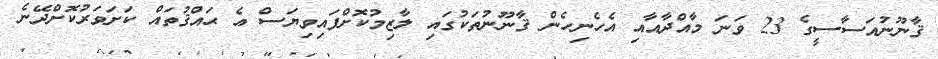
ޤާނޫނުއަސާސީގެ 23 ވަނަ މާއްދާއާއި އެހެނިހެން ޤާނޫނުތަކުގައި ލާޒިމުކޮށްފައިވިޔަސް އެ ޙައްޤުތައް ކަށަވަރުކޮށްދޭނެ